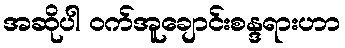
အဆိုပါ ဝက်အူချောင်းစန္ဒရားဟာ